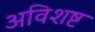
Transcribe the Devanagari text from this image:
अविशष्ट